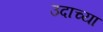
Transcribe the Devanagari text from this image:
उदाच्या